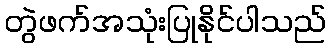
တွဲဖက်အသုံးပြုနိုင်ပါသည်